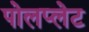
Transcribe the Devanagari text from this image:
पोलप्लेट